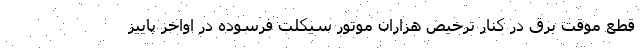
قطع موقت برق در کنار ترخیص هزاران موتور سیکلت فرسوده در اواخر پاییز